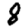
Digit: 8